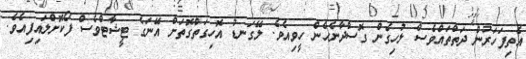
އެތިފަހަރުން ދަތްތައްވެސް ލުހިގެން ގޮސްދާނެހެން ހީވިއެވެ. ލޭގަނޑު އޮހިގަތްގޮތަށް އޭނަގެ ޓީޝާޓްވެސް ފޯކޮށްލައިފިއެވެ.